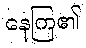
နေကြ၏